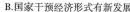
B.国家干预经济形式有新发展